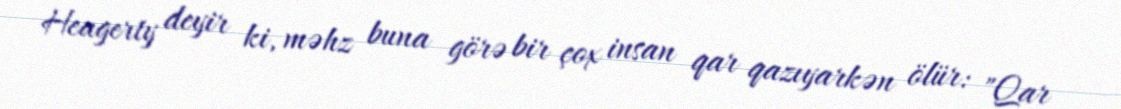
Heagerty deyir ki, məhz buna görə bir çox insan qar qazıyarkən ölür: "Qar